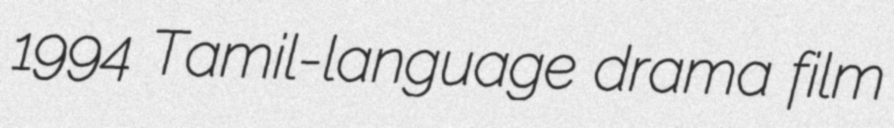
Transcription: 1994 Tamil-language drama film